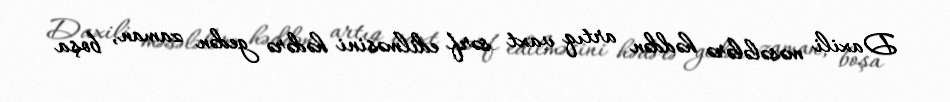
Daxili məsələlərə həddən artıq vaxt sərf edilməsini hədərə gedən zaman, boşa